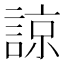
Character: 諒